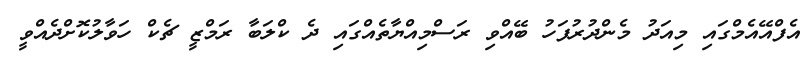
އެފްއޭއެމްގައި މިއަދު މެންދުރުފަހު ބޭއްވި ރަސްމިއްޔާތެއްގައި ދެ ކްލަބާ ރަމްޒީ ޗެކް ހަވާލުކޮށްދެއްވީ